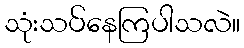
သုံးသပ်နေကြပါသလဲ။